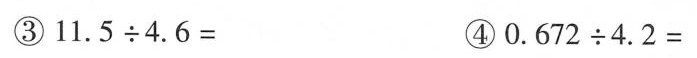
③$$1 1 . 5 \div 4 . 6 =$$ ④$$0 . 6 7 2 \div 4 . 2 =$$